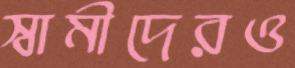
স্বামীদেরও